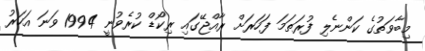
މިބާވަތުގެ ކަންނެލި ފުރަތަމަ ފަހަރަށް ރާއްޖޭގައި ރިކޯޑް ކުރެވުނީ 1994 ވަނަ އަހަރު